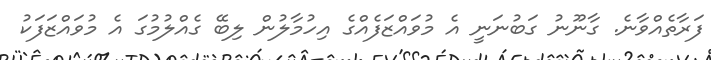
ފަރާތެއްވާނެ. ގާނޫނު ގަބުނަނީ އެ މުވައްޒަފެއްގެ އިހުމާލުން ލިބޭ ގެއްލުމުގަ އެ މުވައްޒަފަކު